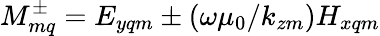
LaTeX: M_{mq}^{\pm}=E_{yqm}\pm(\omega\mu_{0}/k_{zm})H_{xqm}